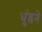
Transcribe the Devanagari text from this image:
धुंडने